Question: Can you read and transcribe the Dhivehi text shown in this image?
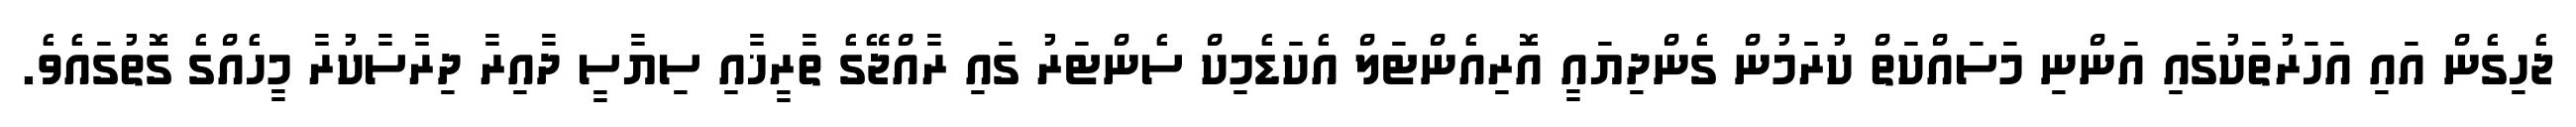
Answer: ޖެހިގެން އައި އަހަރުތަކުގައި އަންނި މަސައްކަތް ކުރަމުން ގެންދިޔައީ އޮރިއެންޓަލް އެކަޑެމިކް ސެންޓަރު ގައި ރާއްޖޭގެ ތާރީޚާއި ސިޔާސީ ދާއިރާ ދިރާސާކުރާ މީހެއްގެ ގޮތުގައެވެ.